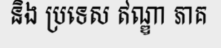
និង ប្រទេស ឥណ្ឌា ភាគ